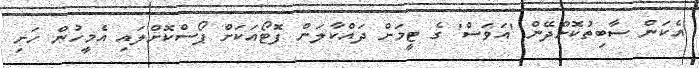
އެކަން ސާބިތުކޮށްދޭން 'އަވަސް' ގެ ޓީމަށް ދައްކާލަން ފޮޓޯއަކަށް ޕޯސްކޮށްލައި އެމީހުން ހަށި